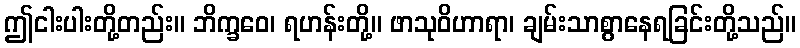
ဤငါးပါးတို့တည်း။ ဘိက္ခဝေ၊ ရဟန်းတို့။ ဖာသုဝိဟာရာ၊ ချမ်းသာစွာနေရခြင်းတို့သည်။